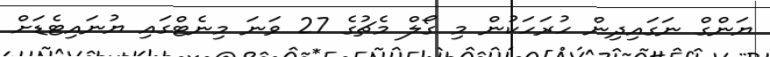
ޔަންގް ނަގައިދިން ހުރަހަކުން މި ގޯލް މެޗުގެ 27 ވަނަ މިނެޓްގައި ޔުނައިޓެޑަށް